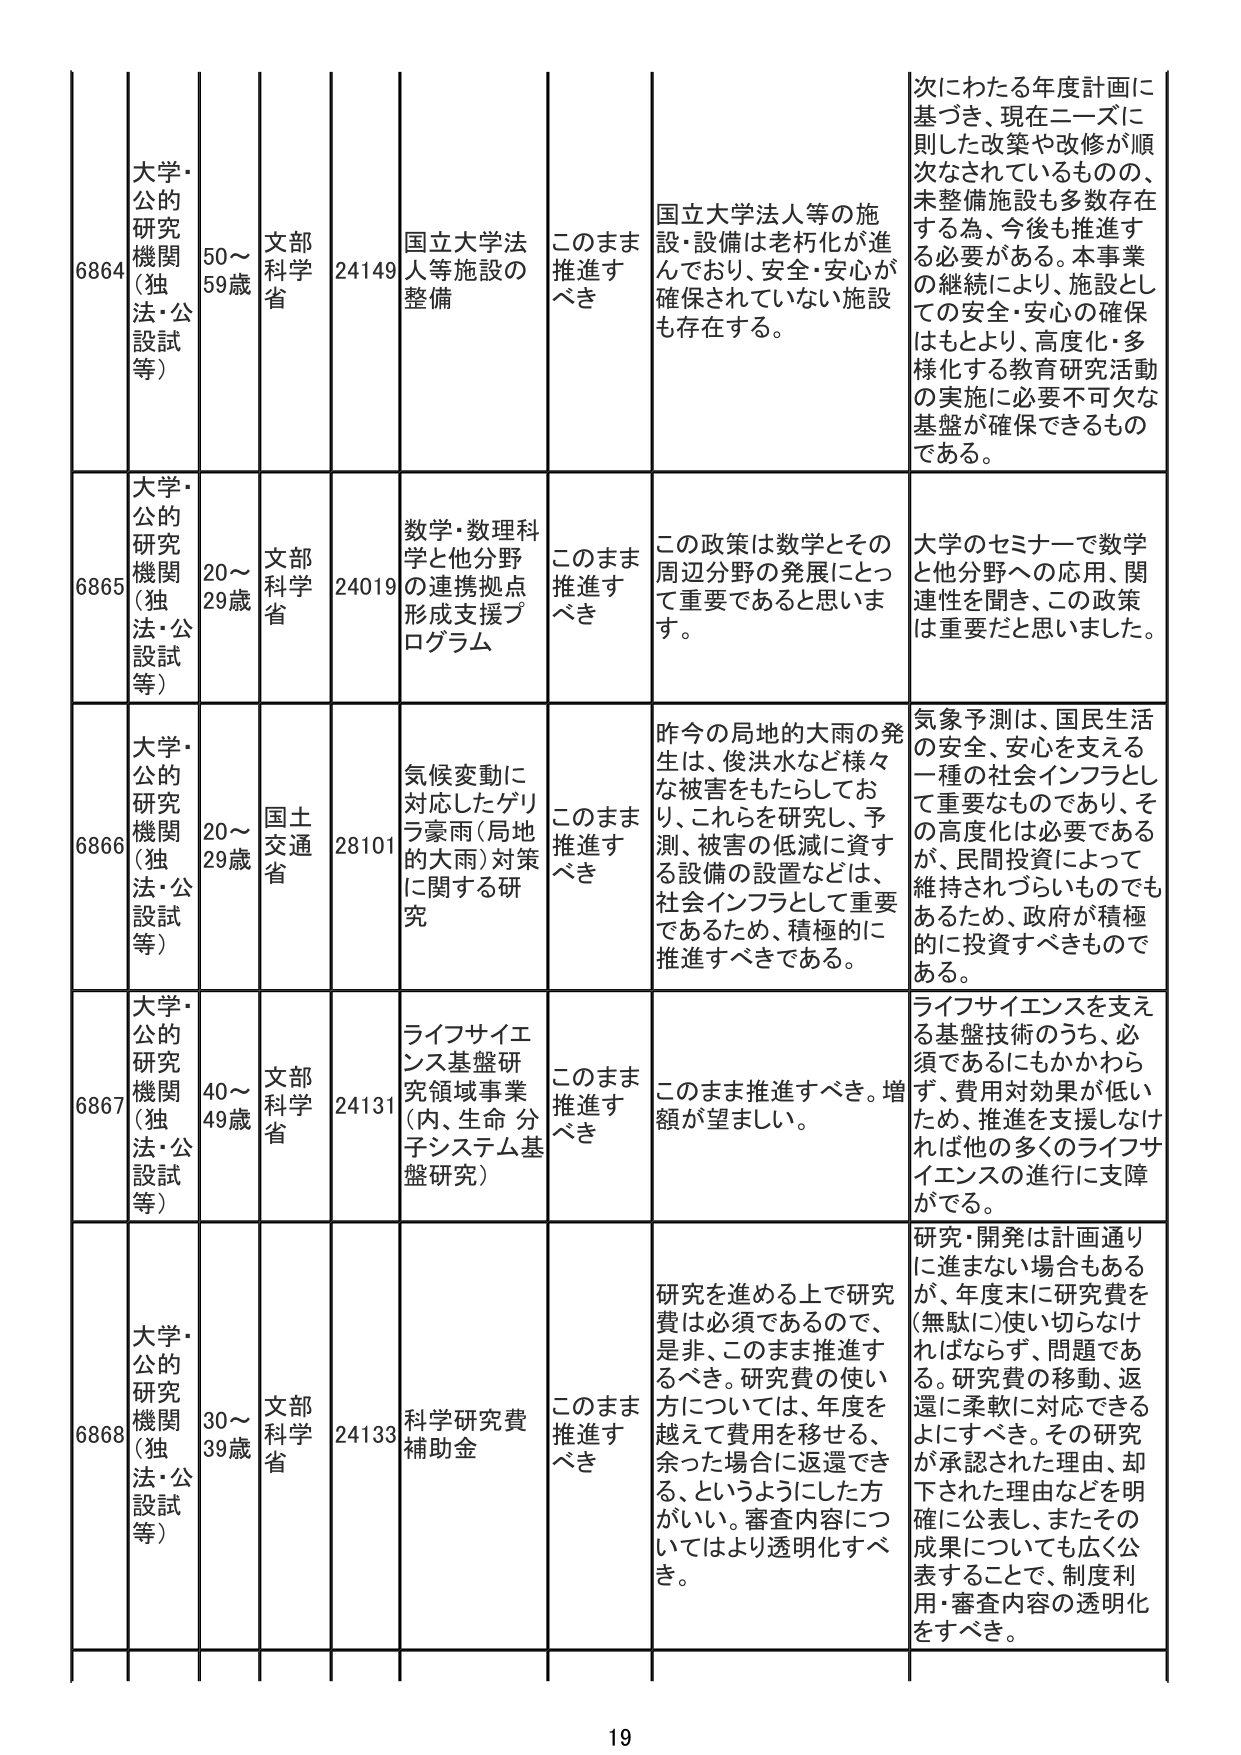
6864 大学・公的研究機関（独法・公設試等） 50～59歳 文部科学省 24149 国立大学法人等施設の整備 このまま推進すべき 国立大学法人等の施設・設備は老朽化が進んでおり、安全・安心が確保されていない施設も存在する。 次にわたる年度計画に基づき、現在ニーズに則した改策や改修が順次なされているものの、未整備施設も多数存在する為、今後も推進する必要がある。本事業の継続により、施設としての安全・安心の確保はもとより、高度化・多様化する教育研究活動の実施に必要不可欠な基盤が確保できるものである。

6865 大学・公的研究機関（独法・公設試等） 20～29歳 文部科学省 24019 数学・数理科学と他分野の連携拠点形成支援プログラム このまま推進すべき この政策は数学とその周辺分野の発展にとって重要であると思います。 大学のセミナーで数学と他分野への応用、関連性を聞き、この政策は重要だと思いました。

6866 大学・公的研究機関（独法・公設試等） 20～29歳 国土交通省 28101 気候変動に対応したゲリラ豪雨（局地的大雨）対策に関する研究 このまま推進すべき 昨今の局地的大雨の発生は、俊洪水など様々な被害をもたらしており、これらを研究し、予測、被害の低減に資する設備の設置などは、社会インフラとして重要であるため、積極的に推進すべきである。 気象予測は、国民生活の安全、安心を支える一種の社会インフラとして重要なものであり、その高度化は必要であるが、民間投資によって維持されづらいものでもあるため、政府が積極的に投資すべきものである。

6867 大学・公的研究機関（独法・公設試等） 40～49歳 文部科学省 24131 ライフサイエンス基盤研究領域事業（内、生命 分子システム基盤研究） このまま推進すべき このまま推進すべき。増額が望ましい。 ライフサイエンスを支える基盤技術のうち、必須であるにもかかわらず、費用対効果が低いため、推進を支援しなければ他の多くのライフサイエンスの進行に支障がでる。

6868 大学・公的研究機関（独法・公設試等） 30～39歳 文部科学省 24133 科学研究費補助金 このまま推進すべき 研究を進める上で研究費は必須であるので、是非、このまま推進するべき。研究費の使い方については、年度を越えて費用を移せる、余った場合に返還できる、というようにした方がいい。審査内容についてはより透明化すべき。 研究・開発は計画通りに進まない場合もあるが、年度末に研究費を（無駄に）使い切らなければならない、問題である。研究費の移動、返還に柔軟に対応できるようにすべき。その研究が承認された理由、却下された理由などを明確に公表し、またその成果についても広く公表することで、制度利用・審査内容の透明化をすべき。

19